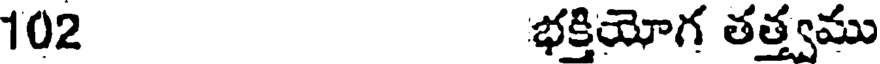
102 భక్తియోగ తత్త్వము